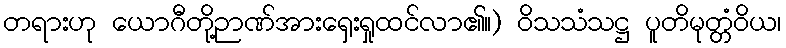
တရားဟု ယောဂီတို့ဉာဏ်အားရှေးရှုထင်လာ၏။) ဝိသသံသဋ္ဌ ပူတိမုတ္တံဝိယ၊